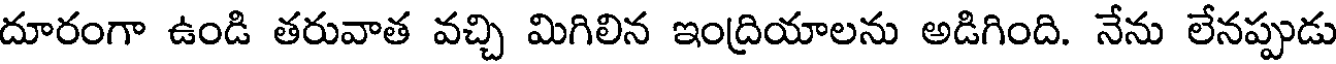
దూరంగా ఉండి తరువాత వచ్చి మిగిలిన ఇంద్రియాలను అడిగింది. నేను లేనప్పుడు